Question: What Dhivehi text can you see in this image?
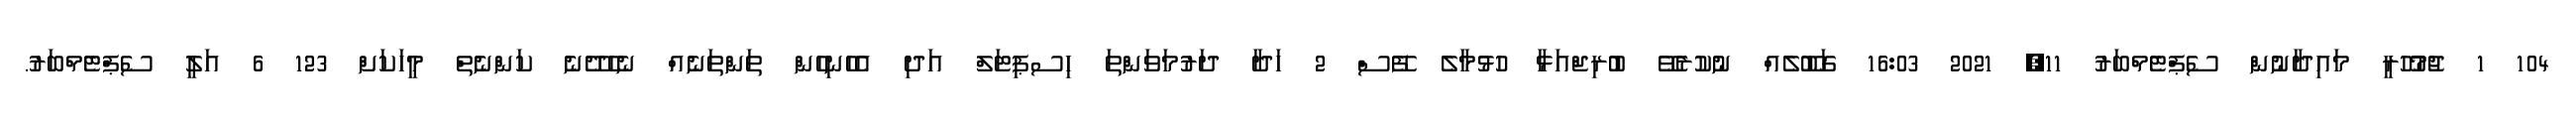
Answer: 104 1 ޖުމުހޫރީ މައިދާނުން ސެޕްޓެމްބަރު 11, 2021 16:03 ގަބޫލެއް ނުކުރެވޭ ބުރިޖްއަޅާ ހުޅުމާލެ ފޭސް 2 ހަދާ ދަރުމަވަންތަ ހިސޕިޓަލް އަދި އެހެނިހެން ތަންތަނެއް ނެހެދޭނެ ކަންނެތް މީހަކަށް 123 6 އަލީ ސެޕްޓެމްބަރު.